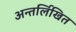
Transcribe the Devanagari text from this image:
अन्तर्लिखित